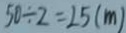
5 0 \div 2 = 2 5 ( m )